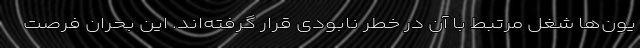
یون‌ها شغل مرتبط با آن در خطر نابودی قرار گرفته‌اند. این بحران فرصت